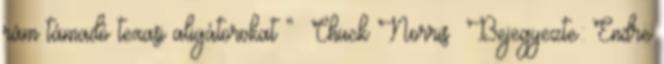
rám támadó texasi aligátorokat ” Chuck Norris Bejegyezte: Endre